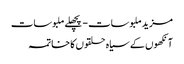
مزید ملبوسات - پچھلے ملبوسات
آنکھوں‌ کے سیاہ حلقوں کا خاتمہ